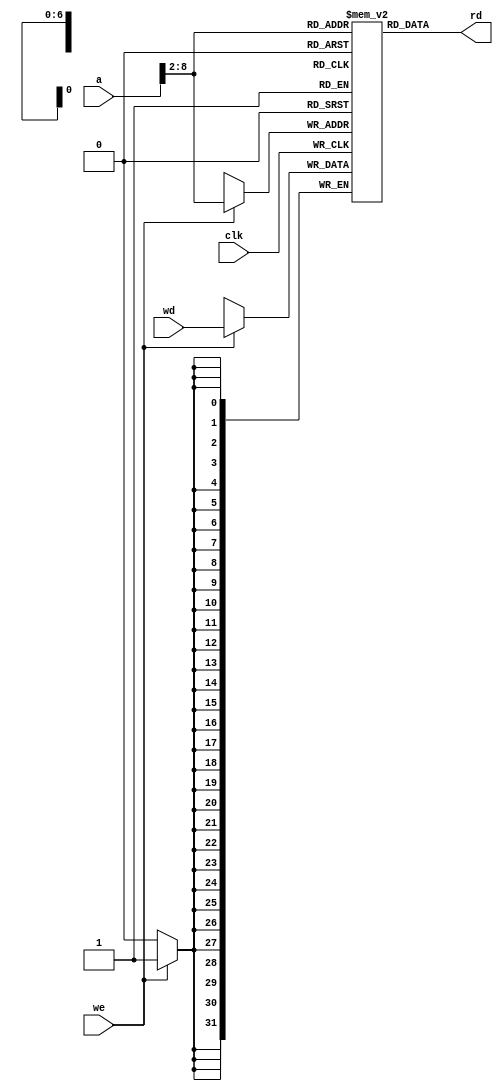
module dmem (
    input  wire                clk,
    input  wire                 we,
    input  wire [31 : 0]         a,
    input  wire [31 : 0]        wd,
    output wire [31 : 0]        rd
);
    reg [31 : 0 ] RAM[127 : 0];

    assign rd = RAM[a[31 : 2]];

    always @( posedge clk ) begin
        if (we) begin
            RAM[a[31 : 2]] <= wd;
        end
    end

endmodule